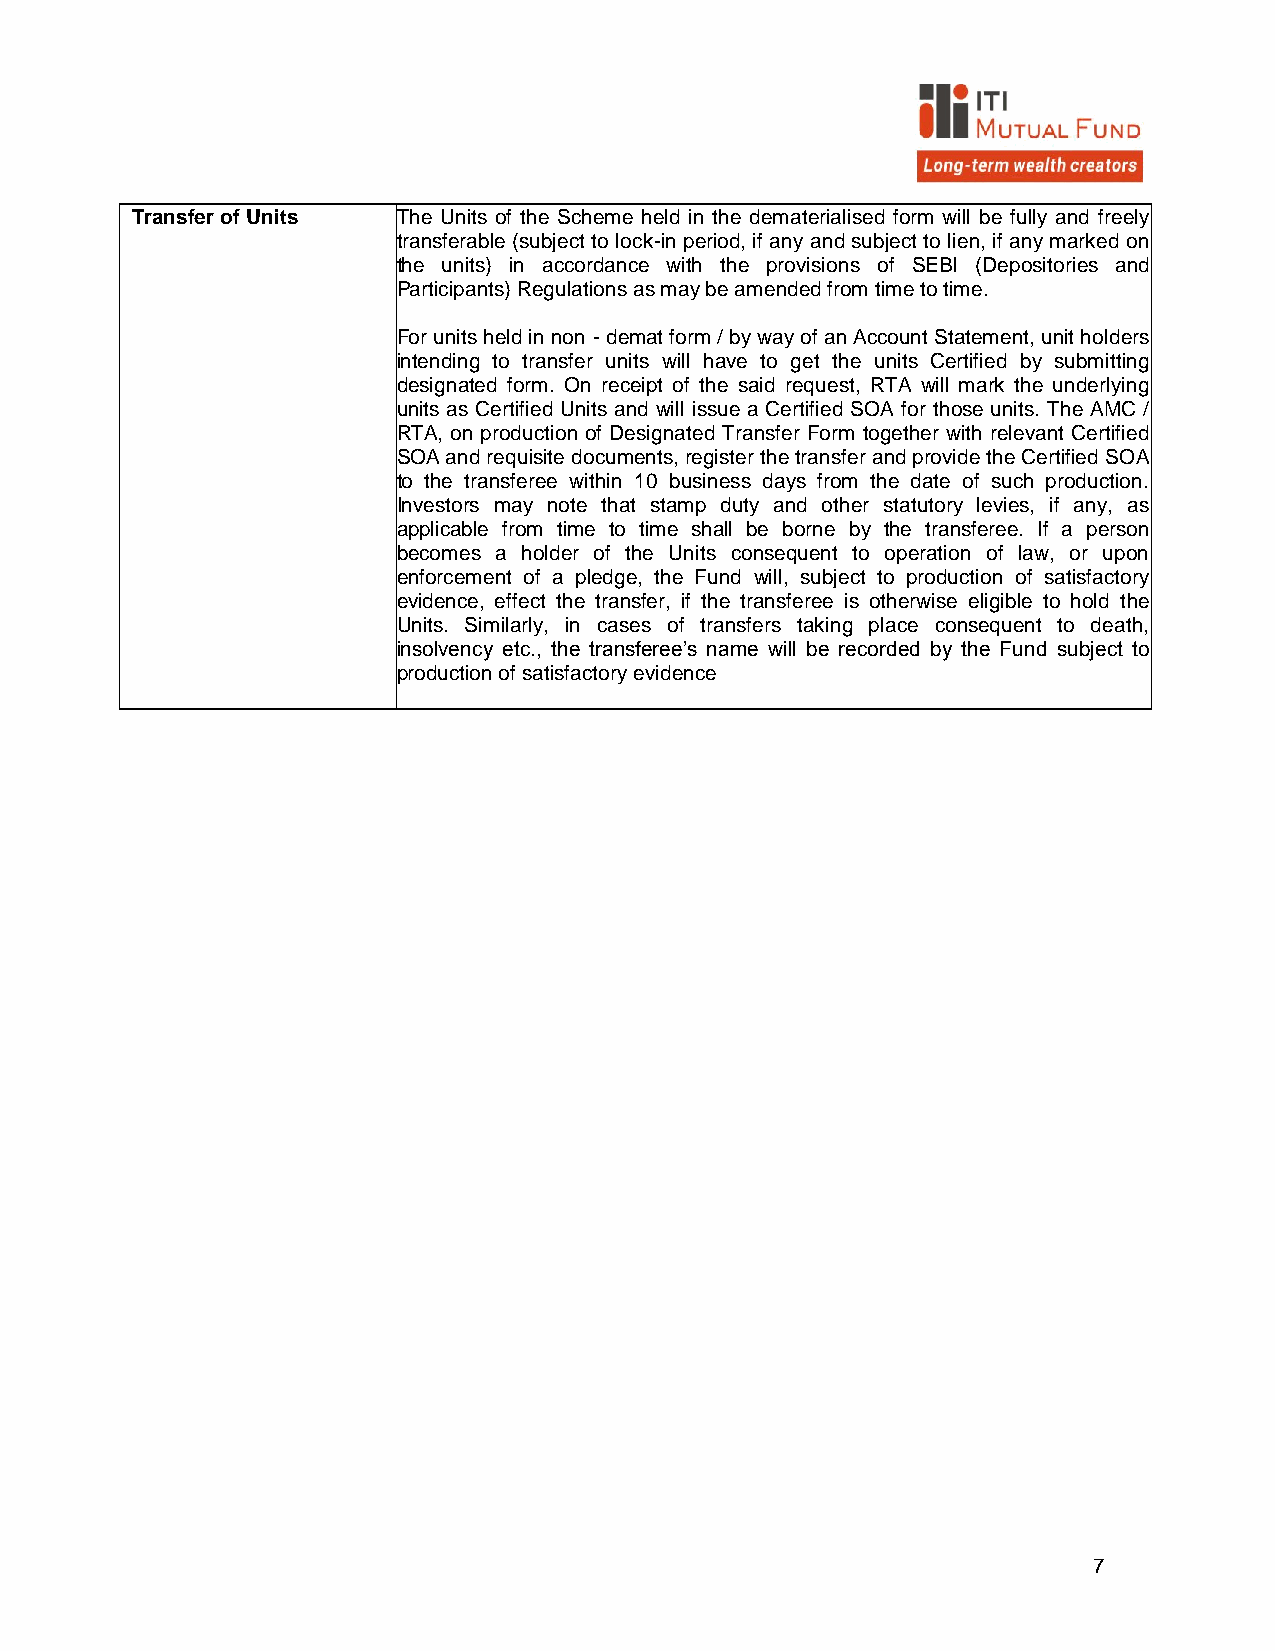
Transfer of Units The Units of the Scheme held in the dematerialised form will be fully and freely
 transferable (subject to lock-in period, if any and subject to lien, if any marked on
 the units) in accordance with the provisions of SEBI (Depositories and
 Participants) Regulations as may be amended from time to time.
 For units held in non - demat form / by way of an Account Statement, unit holders
 intending to transfer units will have to get the units Certified by submitting
 designated form. On receipt of the said request, RTA will mark the underlying
 units as Certified Units and will issue a Certified SOA for those units. The AMC /
 RTA, on production of Designated Transfer Form together with relevant Certified
 SOA and requisite documents, register the transfer and provide the Certified SOA
 to the transferee within 10 business days from the date of such production.
 Investors may note that stamp duty and other statutory levies, if any, as
 applicable from time to time shall be borne by the transferee. If a person
 becomes a holder of the Units consequent to operation of law, or upon
 enforcement of a pledge, the Fund will, subject to production of satisfactory
 evidence, effect the transfer, if the transferee is otherwise eligible to hold the
 Units. Similarly, in cases of transfers taking place consequent to death,
 insolvency etc., the transferee’s name will be recorded by the Fund subject to
 production of satisfactory evidence
 7